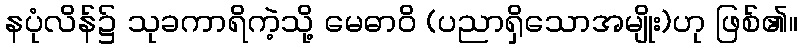
နပုံလိန်၌ သုခကာရိကဲ့သို့ မေဓာဝိ (ပညာရှိသောအမျိုး)ဟု ဖြစ်၏။